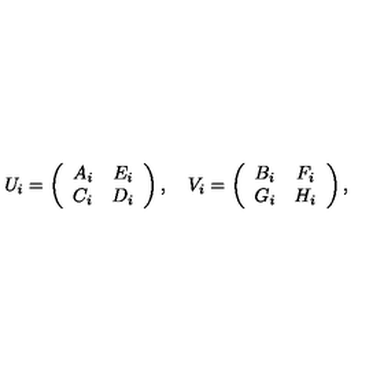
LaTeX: U _ { i } = \left( \begin{array} { c c } { A _ { i } } & { E _ { i } } \\ { C _ { i } } & { D _ { i } } \\ \end{array} \right) , \quad V _ { i } = \left( \begin{array} { c c } { B _ { i } } & { F _ { i } } \\ { G _ { i } } & { H _ { i } } \\ \end{array} \right) ,